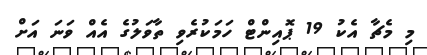
މި މެޗާ އެކު 19 ޕޮއިންޓް ހަމަކުރެވި ތާވަލުގެ އެއް ވަނަ އަށް